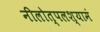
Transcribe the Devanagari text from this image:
नीलोत्पलश्यामं